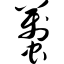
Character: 虿